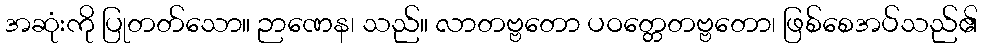
အဆုံးကို ပြုတတ်သော။ ဉာဏေန၊ သည်။ လာတဗ္ဗတော ပဝတ္တေတဗ္ဗတော၊ ဖြစ်စေအပ်သည်၏